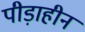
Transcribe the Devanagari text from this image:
पीड़ाहीन